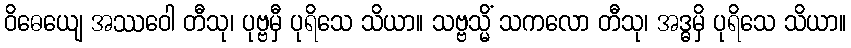
ဝိဓေယျေ အဿဝေါ တီသု၊ ပုဗ္ဗမှီ ပုရိသေ သိယာ။ သဗ္ဗသ္မိံ သကလော တီသု၊ အဒ္ဓမှိ ပုရိသေ သိယာ။